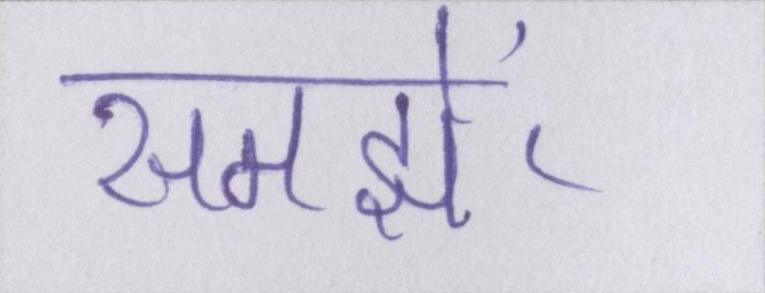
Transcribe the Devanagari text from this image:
समझें।